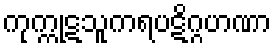
ကုက္ကုဋသူကရပဋိဂ္ဂဟဏာ